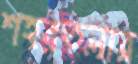
শহরতলার